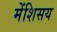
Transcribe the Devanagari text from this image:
मेंशिसय